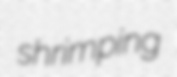
shrimping